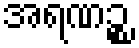
အရဏဉ္စ